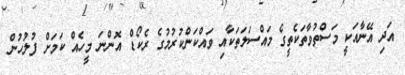
އަދި އޭނާއަކީ މަސްތުވާތަކެތީގެ މައްސަލަތަކާއި ވައްކަންކުރުމުގެ ރެކޯޑް އޮންނަ މީހެއް ކަމަށް ފުލުހުން